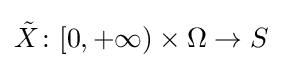
{\tilde {X}}\colon [0,+\infty )\times \Omega \to S